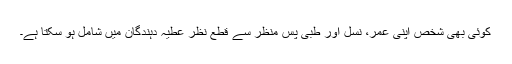
کوئی بھی شخص اپنی عمر، نسل اور طبی پسِ منظر سے قطعِ نظر عطیہ دہندگان میں شامل ہو سکتا ہے۔